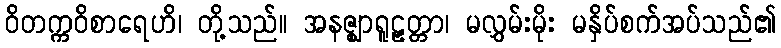
ဝိတက္ကဝိစာရေဟိ၊ တို့သည်။ အနဇ္ဈာရူဠှတ္တာ၊ မလွှမ်းမိုး မနှိပ်စက်အပ်သည်၏